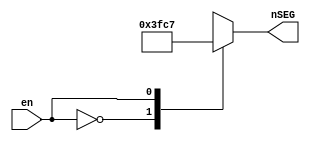
// 7 segment decoder blink L

module seg7decL(
    input en, // blink en
    output [6:0] nSEG // DE0's 7seg led is low active(fm user manual)
);

function [6:0] segdecL;
input en;
    case(en)
        1'b0:    segdecL = 7'b111_1111;
        1'b1:    segdecL = 7'b100_0111;
        default: segdecL = 7'bxxx_xxxx;
    endcase
endfunction

assign nSEG = segdecL(en);

endmodule